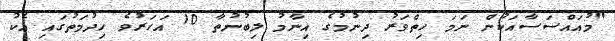
"މުއައްސަސާއަކުން ނަމަ ހިތްވަރު ދިނުމުގެ އިނާމު ލިބުނުތާ 10 އަހަރުވެ ހިދުމަތުގައި އެކު